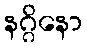
နဂ္ဂိနော